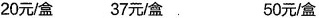
20元/盒 37元/盒 50元/盒